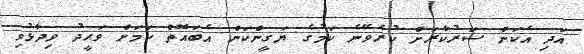
އަދި އެކަން ސަރުކާރަށް ކުރެވޭނެ ކަމުގެ ޔަގީންކަން އެބައޮތް ކަމަށް ވަހީދު ވިދާޅުވި